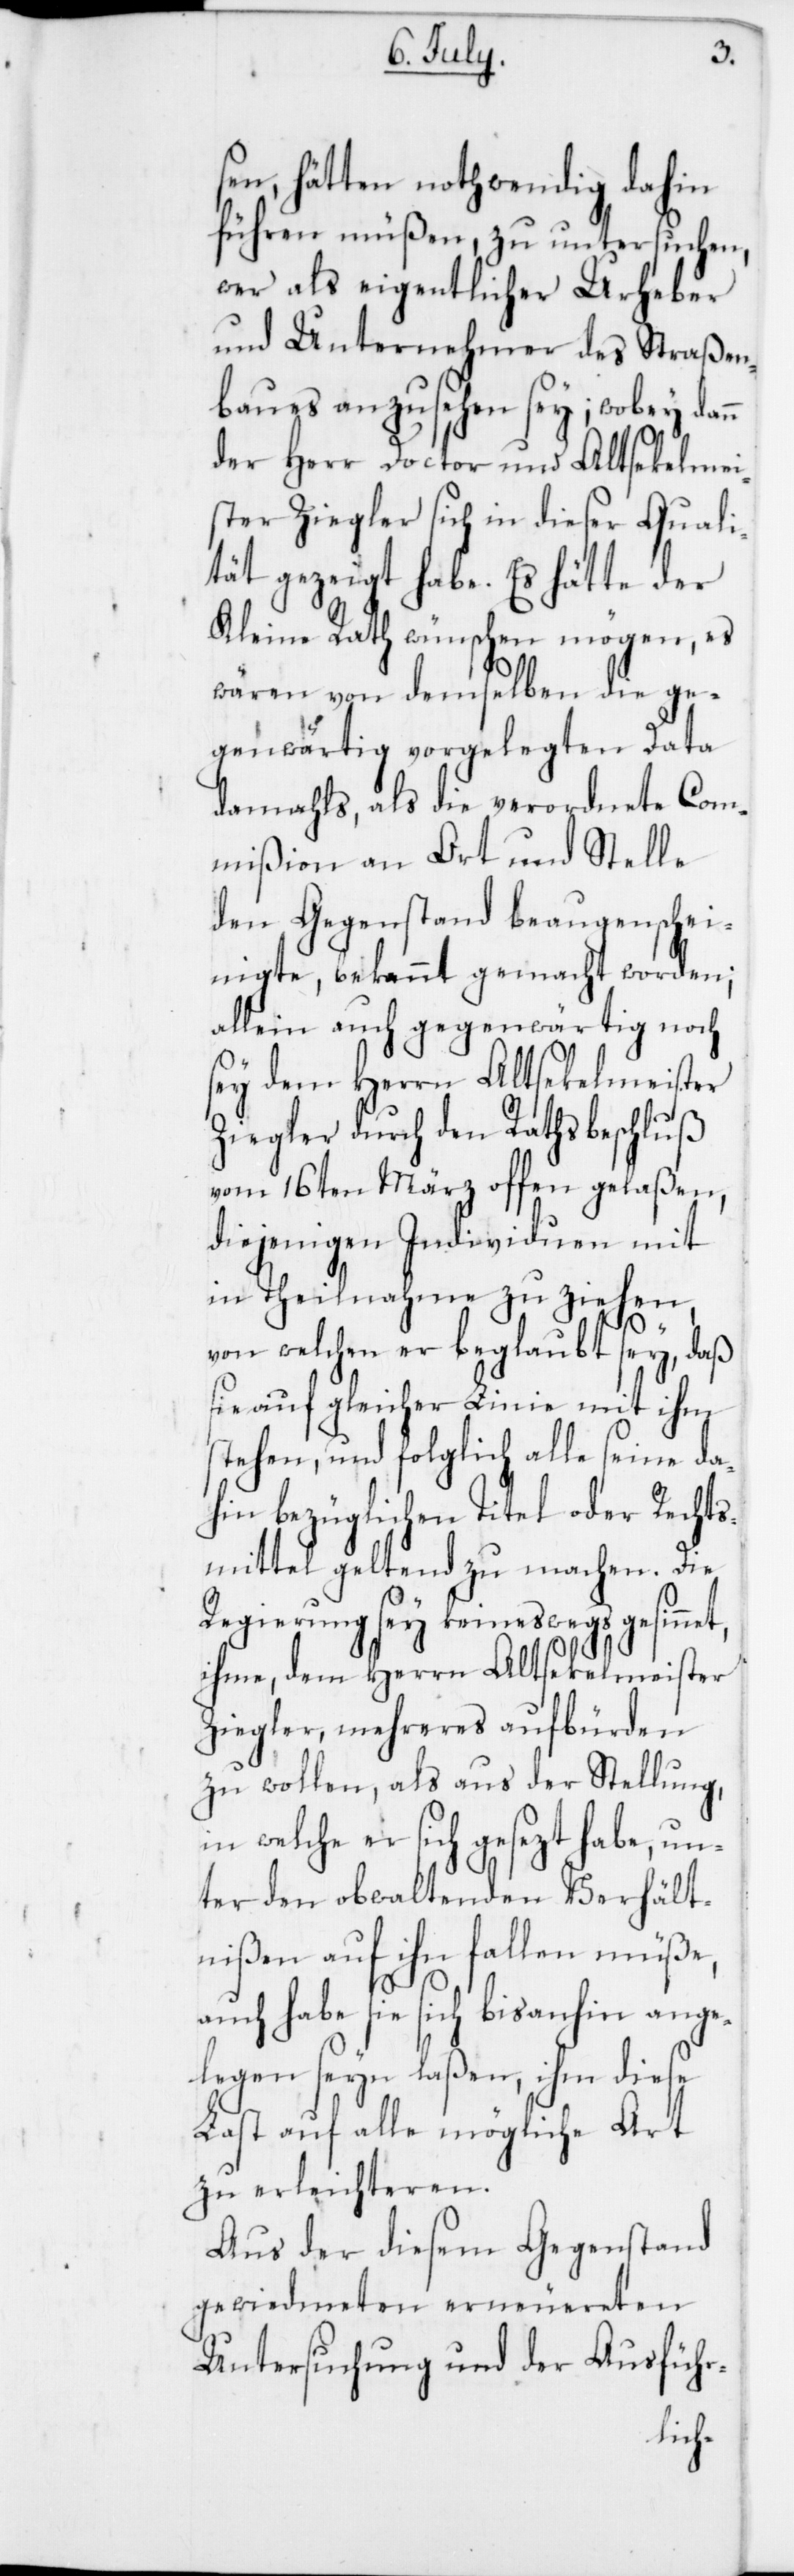
sen, hätten nothwendig dahin
führen müßen, zu untersuchen,
wer als eigentlicher Urheber
und Unternehmer des Straßen¬
baues anzusehen sey; wobey dann
der Herr Doctor und alt Seckelmei¬
ster Ziegler sich in dieser Quali¬
tät gezeigt habe. Es hätte der
Kleine Rath wünschen mögen, es
wären von demselben, die ge¬
genwärtig vorgelegten Data
damahls, als die verordnete Com¬
mißion an Ort und Stelle
den Gegenstand beaugenschei¬
nigte, bekannt gemacht worden;
allein auch gegenwärtig noch
sey dem Herrn Altsekelmeister
Ziegler durch den Rathsbeschluß
vom 16ten März offen gelaßen,
diejenigen Individuen mit
in Theilnahme zu ziehen,
t,
von welchen er beglaubt sey, daß
sie auf gleicher Linie mit ihm
stehen, und folglich alle seine da¬
hin bezüglichen Titel oder Rechts¬
mittel geltend zu machen. Die
Regierung sey keineswegs gesinne¬
ihme, dem Herrn Altsekelmeister
Ziegler, mehreres aufbürden
zu wollen, als aus der Stellung,
in welche er sich gesezt habe, un¬
ter den obwaltenden Verhält¬
nißen auf ihn fallen müße,
auch habe sie sich bis anhin ange¬
legen seyn laßen, ihm diese
Last auf alle mögliche Art
zu erleichteren.
Aus der diesem Gegenstand
gewiedmeten erneuereten
Untersuchung und der Ausführ-